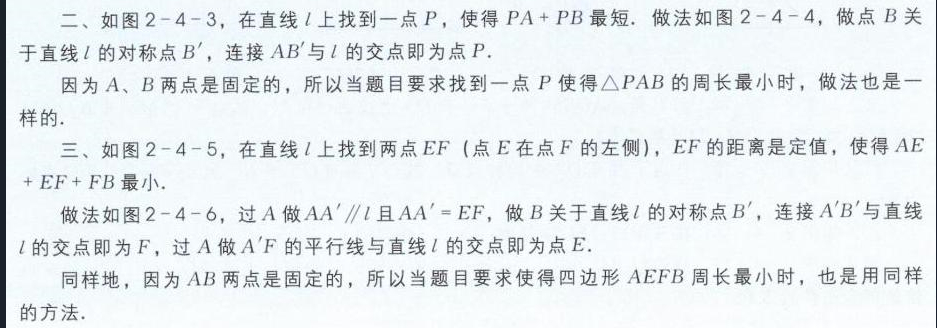
二、如图2 - 4 - 3，在直线\(l\)上找到一点\(P\)，使得\(PA + PB\)最短. 做法如图2 - 4 - 4，做点\(B\)关
于直线\(l\)的对称点\(B'\)，连接\(AB'\)与\(l\)的交点即为点\(P\).
因为\(A\)、\(B\)两点是固定的，所以当题目要求找到一点\(P\)使得\(\triangle PAB\)的周长最小时，做法也是一
样的.
三、如图2 - 4 - 5，在直线\(l\)上找到两点\(EF\) (点\(E\)在点\(F\)的左侧)，\(EF\)的距离是定值，使得\(AE\)
\(+ EF + FB\)最小.
做法如图2 - 4 - 6，过\(A\)做\(AA'\parallel l\)且\(AA' = EF\)，做\(B\)关于直线\(l\)的对称点\(B'\)，连接\(A'B'\)与直线
\(l\)的交点即为\(F\)，过\(A\)做\(A'F\)的平行线与直线\(l\)的交点即为点\(E\).
同样地，因为\(AB\)两点是固定的，所以当题目要求使得四边形\(AEFB\)周长最小时，也是用同样
的方法.